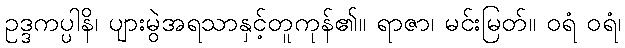
ဥဒ္ဒကပ္ပါနိ၊ ပျားမွဲအရသာနှင့်တူကုန်၏။ ရာဇာ၊ မင်းမြတ်။ ဝရံ ဝရံ၊